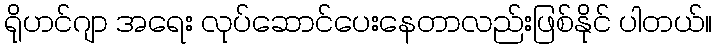
ရိုဟင်ဂျာ အရေး လုပ်ဆောင်ပေးနေတာလည်းဖြစ်နိုင် ပါတယ်။